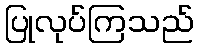
ပြုလုပ်ကြသည်